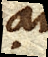
an